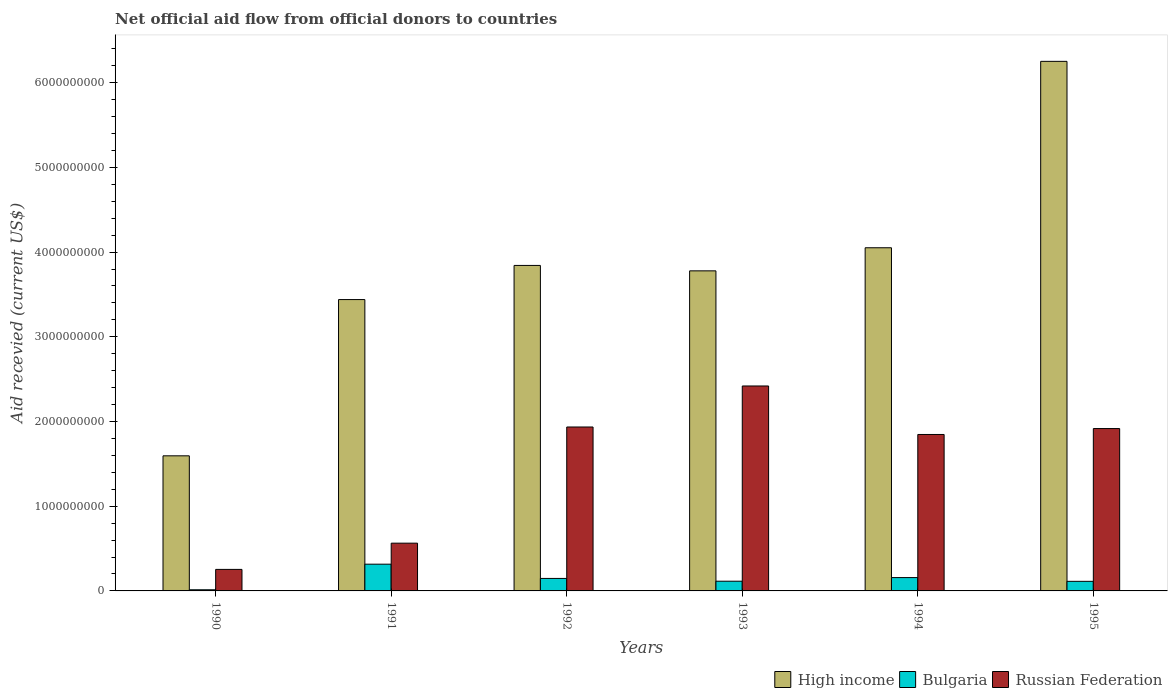
| Years | High income | Bulgaria | Russian Federation |
 | --- | --- | --- | --- |
 | 1990 | 1.59e+09 | 1.36e+07 | 2.54e+08 |
 | 1991 | 3.44e+09 | 3.16e+08 | 5.64e+08 |
 | 1992 | 3.84e+09 | 1.48e+08 | 1.94e+09 |
 | 1993 | 3.78e+09 | 1.15e+08 | 2.42e+09 |
 | 1994 | 4.05e+09 | 1.57e+08 | 1.85e+09 |
 | 1995 | 6.25e+09 | 1.13e+08 | 1.92e+09 |